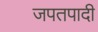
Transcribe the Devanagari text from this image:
जपतपादी